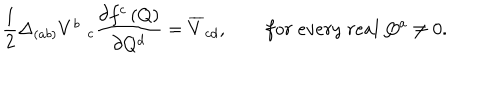
\frac 1 2 \Delta _ { ( a b ) } V _ { \quad c } ^ { b } \frac { \partial f ^ { c } \left( Q \right) } { \partial Q ^ { d } } = \overline { { { V } } } _ { c d } , \qquad f o r \; e v e r y \; r e a l \; Q ^ { a } \neq 0 .